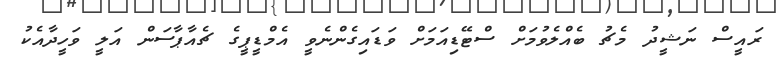
ރައީސް ނަޝީދު މެޗު ބެއްލެވުމަށް ސްޓޭޑިއަމަށް ވަޑައިގެންނެވީ އެމްޑީޕީގެ ޗެއާޕާސަން އަލީ ވަހީދާއެކު